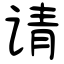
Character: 请